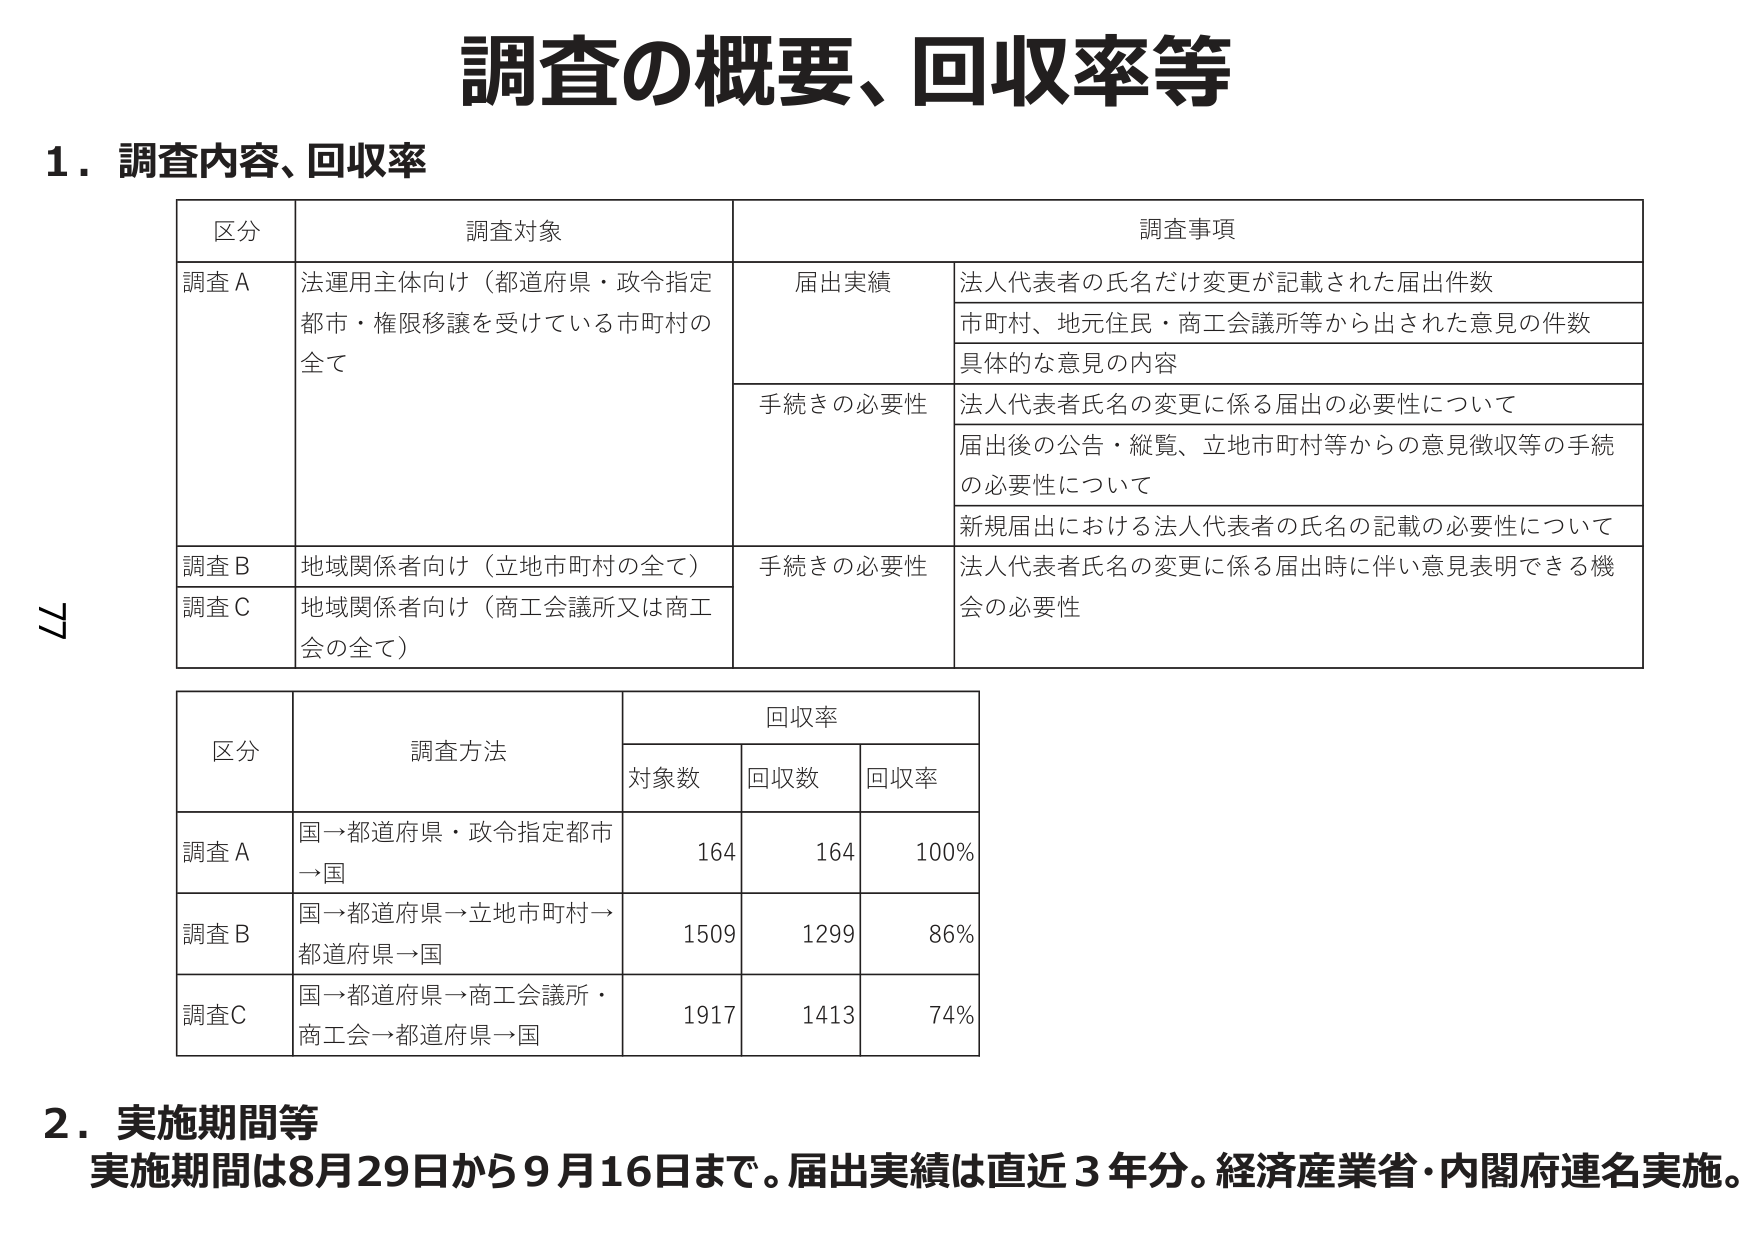
調査の概要、回収率等

1．調査内容、回収率

区分 調査対象 調査事項
調査A 法運用主体向け（都道府県・政令指定都市・権限移譲を受けている市町村の全て） 届出実績 法人代表者の氏名だけ変更が記載された届出件数
市町村、地元住民・商工会議所等から出された意見の件数
具体的な意見の内容
手続きの必要性 法人代表者氏名の変更に係る届出の必要性について
届出後の公告・縦覧、立地市町村等からの意見徴収等の手続の必要性について
新規届出における法人代表者の氏名の記載の必要性について
調査B 地域関係者向け（立地市町村の全て） 手続きの必要性 法人代表者氏名の変更に係る届出時に伴い意見表明できる機会の必要性
調査C 地域関係者向け（商工会議所又は商工会の全て）

区分 調査方法 回収率
対象数 回収数 回収率
調査A 国→都道府県・政令指定都市→国 164 164 100%
調査B 国→都道府県→立地市町村→都道府県→国 1509 1299 86%
調査C 国→都道府県→商工会議所・商工会→都道府県→国 1917 1413 74%

2．実施期間等
実施期間は8月29日から9月16日まで。届出実績は直近3年分。経済産業省・内閣府連名実施。